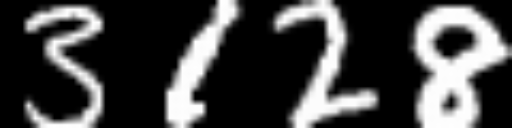
Text: 3128